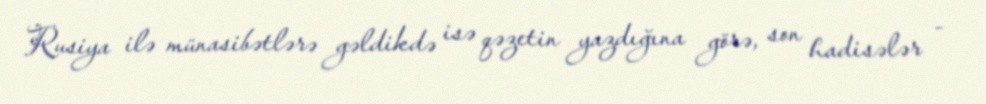
Rusiya ilə münasibətlərə gəldikdə isə qəzetin yazdığına görə, son hadisələr -